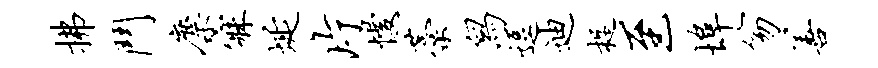
拂斗麋寐埏片慢藁舄逗迪捉至埠笏善